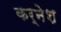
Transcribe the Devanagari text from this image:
कर्नेश